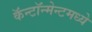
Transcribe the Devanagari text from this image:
कॅन्टॉन्मेन्टमध्ये